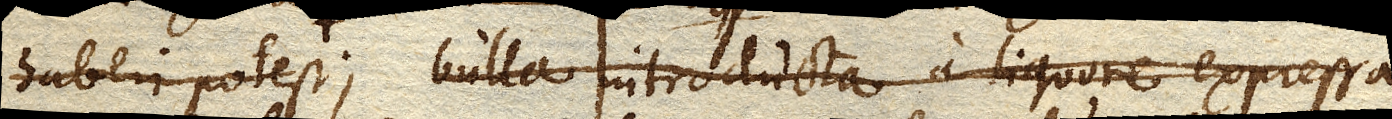
haberi potest bulla introducta a liquore expressa